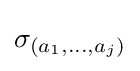
\sigma _{(a_{1},\ldots ,a_{j})}